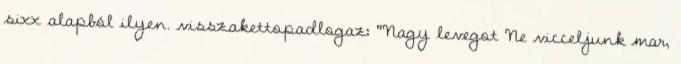
sixx alapból ilyen. visszakettopadlogaz: "Nagy levegot Ne vicceljunk mar,